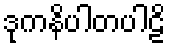
ဒုကနိပါတပါဠိ